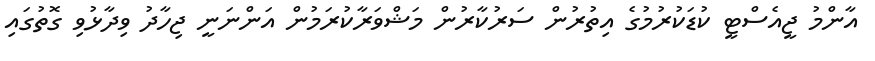
އާންމު ޖީއެސްޓީ ކުޑަކުރުމުގެ އިތުރުން ސަރުކާރުން މަޝްވަރާކުރަމުން އަންނަނީ ޖިހާދު ވިދާޅުވި ގޮތުގައި